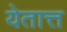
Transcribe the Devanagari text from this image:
येतात्त